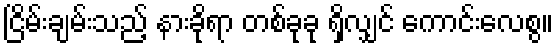
ငြိမ်းချမ်းသည့် နားခိုရာ တစ်ခုခု ရှိလျှင် ကောင်းလေစွ။